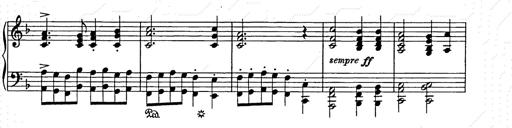
Title: Weihnachtsbaum
Composer: Franz Liszt